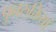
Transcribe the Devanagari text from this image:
पुनरुक्तियां